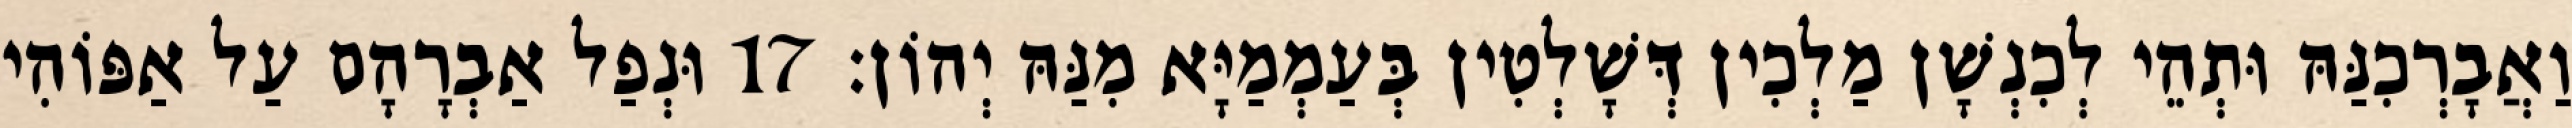
וַאֲבָרְכִנַּהּ וּתְהֵי לְכִנְשָׁן מַלְכִין דְּשָׁלְטִין בְּעַמְמַיָּא מִנַּהּ יְהוֹן׃ 17 וּנְפַל אַבְרָהָם עַל אַפּוֹהִי